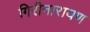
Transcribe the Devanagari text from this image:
गिरीनारायण